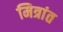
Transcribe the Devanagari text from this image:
मित्रांत